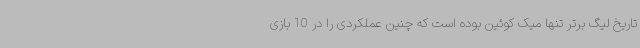
تاریخ لیگ برتر تنها میک کوئین بوده است که چنین عملکردی را در 10 بازی